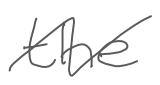
Text: the
Cross-out: zig-zag
Writing tool: digital_gray